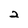
Character: 2